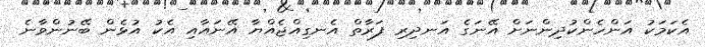
އެކަމަކު އަންހެންކުދިންނަށް އޭނަގެ އަނދިރި ފަރާތް އެނގިއްޖެއްޔާ އޭނައާއި އެކު އުޅެން ބޭނުންވާނެ